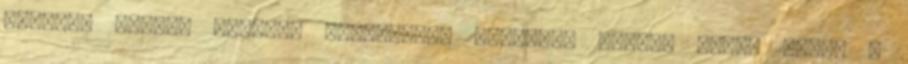
hetesen derült ki,hogy cukorbeteg vagyok,a védőnő vette észre a